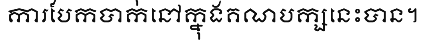
ការបែកបាក់នៅក្នុងគណបក្សនេះបាន។